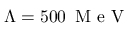
\Lambda = 5 0 0 \, \mathrm { ~ M ~ e ~ V ~ }